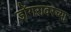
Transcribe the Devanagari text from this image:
डोंगरावरच्या